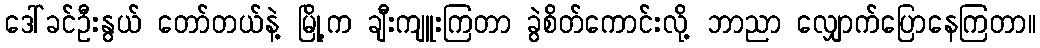
ဒေါ်ခင်ဦးနွယ် တော်တယ်နဲ့ မြို့က ချီးကျူးကြတာ ခွဲစိတ်ကောင်းလို့ ဘာညာ လျှောက်ပြောနေကြတာ။